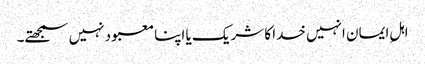
اہلِ ایمان انہیں خدا کا شریک یا اپنا معبود نہیں سمجھتے۔